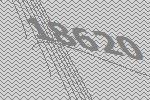
18620